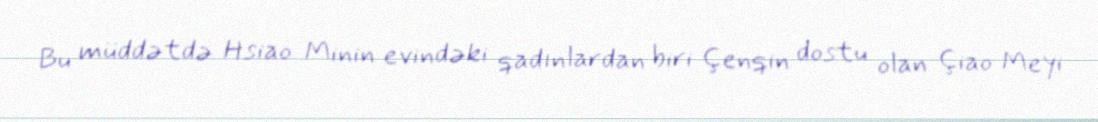
Bu müddətdə Hsiao Minin evindəki qadınlardan biri Çenqin dostu olan Çiao Meyi